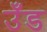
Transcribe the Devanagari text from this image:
उँड